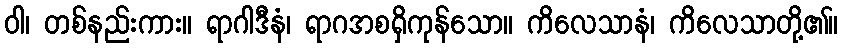
ဝါ၊ တစ်နည်းကား။ ရာဂါဒီနံ၊ ရာဂအစရှိကုန်သော။ ကိလေသာနံ၊ ကိလေသာတို့၏။